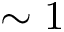
\sim 1